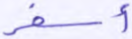
أسفر